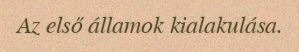
Az első államok kialakulása.